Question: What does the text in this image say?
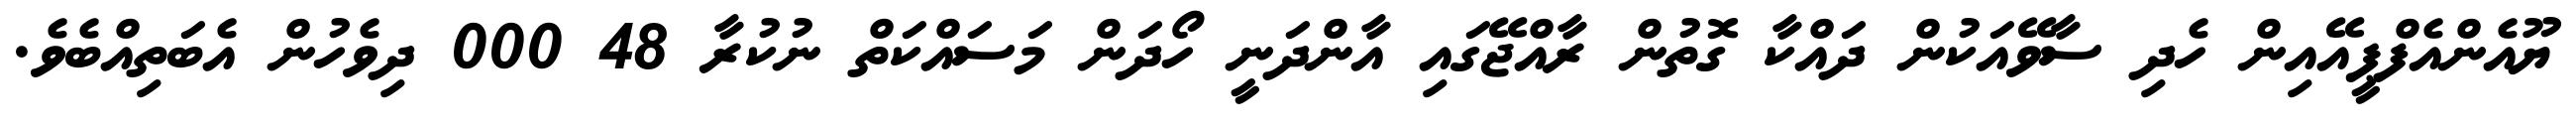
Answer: ޔޫއެންއެފްޕީއޭއިން ހެދި ސާވޭއަކުން ދައްކާ ގޮތުން ރާއްޖޭގައި އާންދަނީ ހޯދަން މަސައްކަތް ނުކުރާ 48 000 ދިވެހުން އެބަތިއްބެވެ.